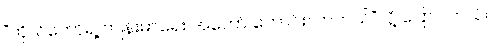
“ကိုယ်တော်ရဲ့ ကျန်းမာရေး အတော် ကောင်းလာတယ်”လို့ ပြောပါတယ်။